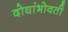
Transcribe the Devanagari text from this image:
दोघांभोवती